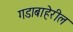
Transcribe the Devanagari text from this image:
गडाबाहेरील